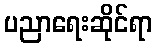
ပညာရေးဆိုင်ရာ